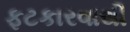
ફટકારવાથી